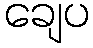
ချေပ